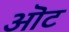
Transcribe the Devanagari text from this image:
ऒट